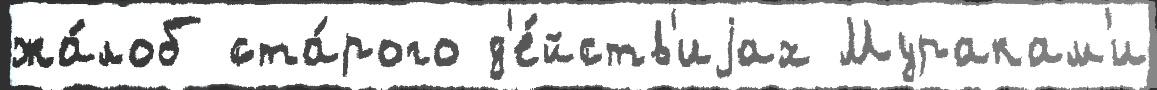
жа́лоб ста́рого д'е́йств'иjах Муракам'и